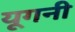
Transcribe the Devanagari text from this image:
यूगनी